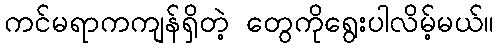
ကင်မရာကကျန်ရှိတဲ့ တွေကိုရွေးပါလိမ့်မယ်။